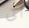
الى